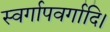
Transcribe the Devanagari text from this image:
स्वर्गापवर्गादि।